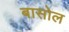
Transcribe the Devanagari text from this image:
बासोल